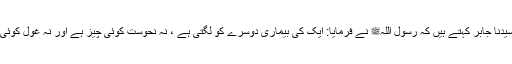
1489: سیدنا جابرؓ کہتے ہیں کہ رسول اللہﷺ نے فرمایا: ایک کی بیماری دوسرے کو لگتی ہے ، نہ نحوست کوئی چیز ہے اور نہ غول کوئی چیز ہے۔